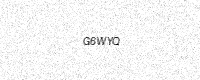
Text: G6WYQ